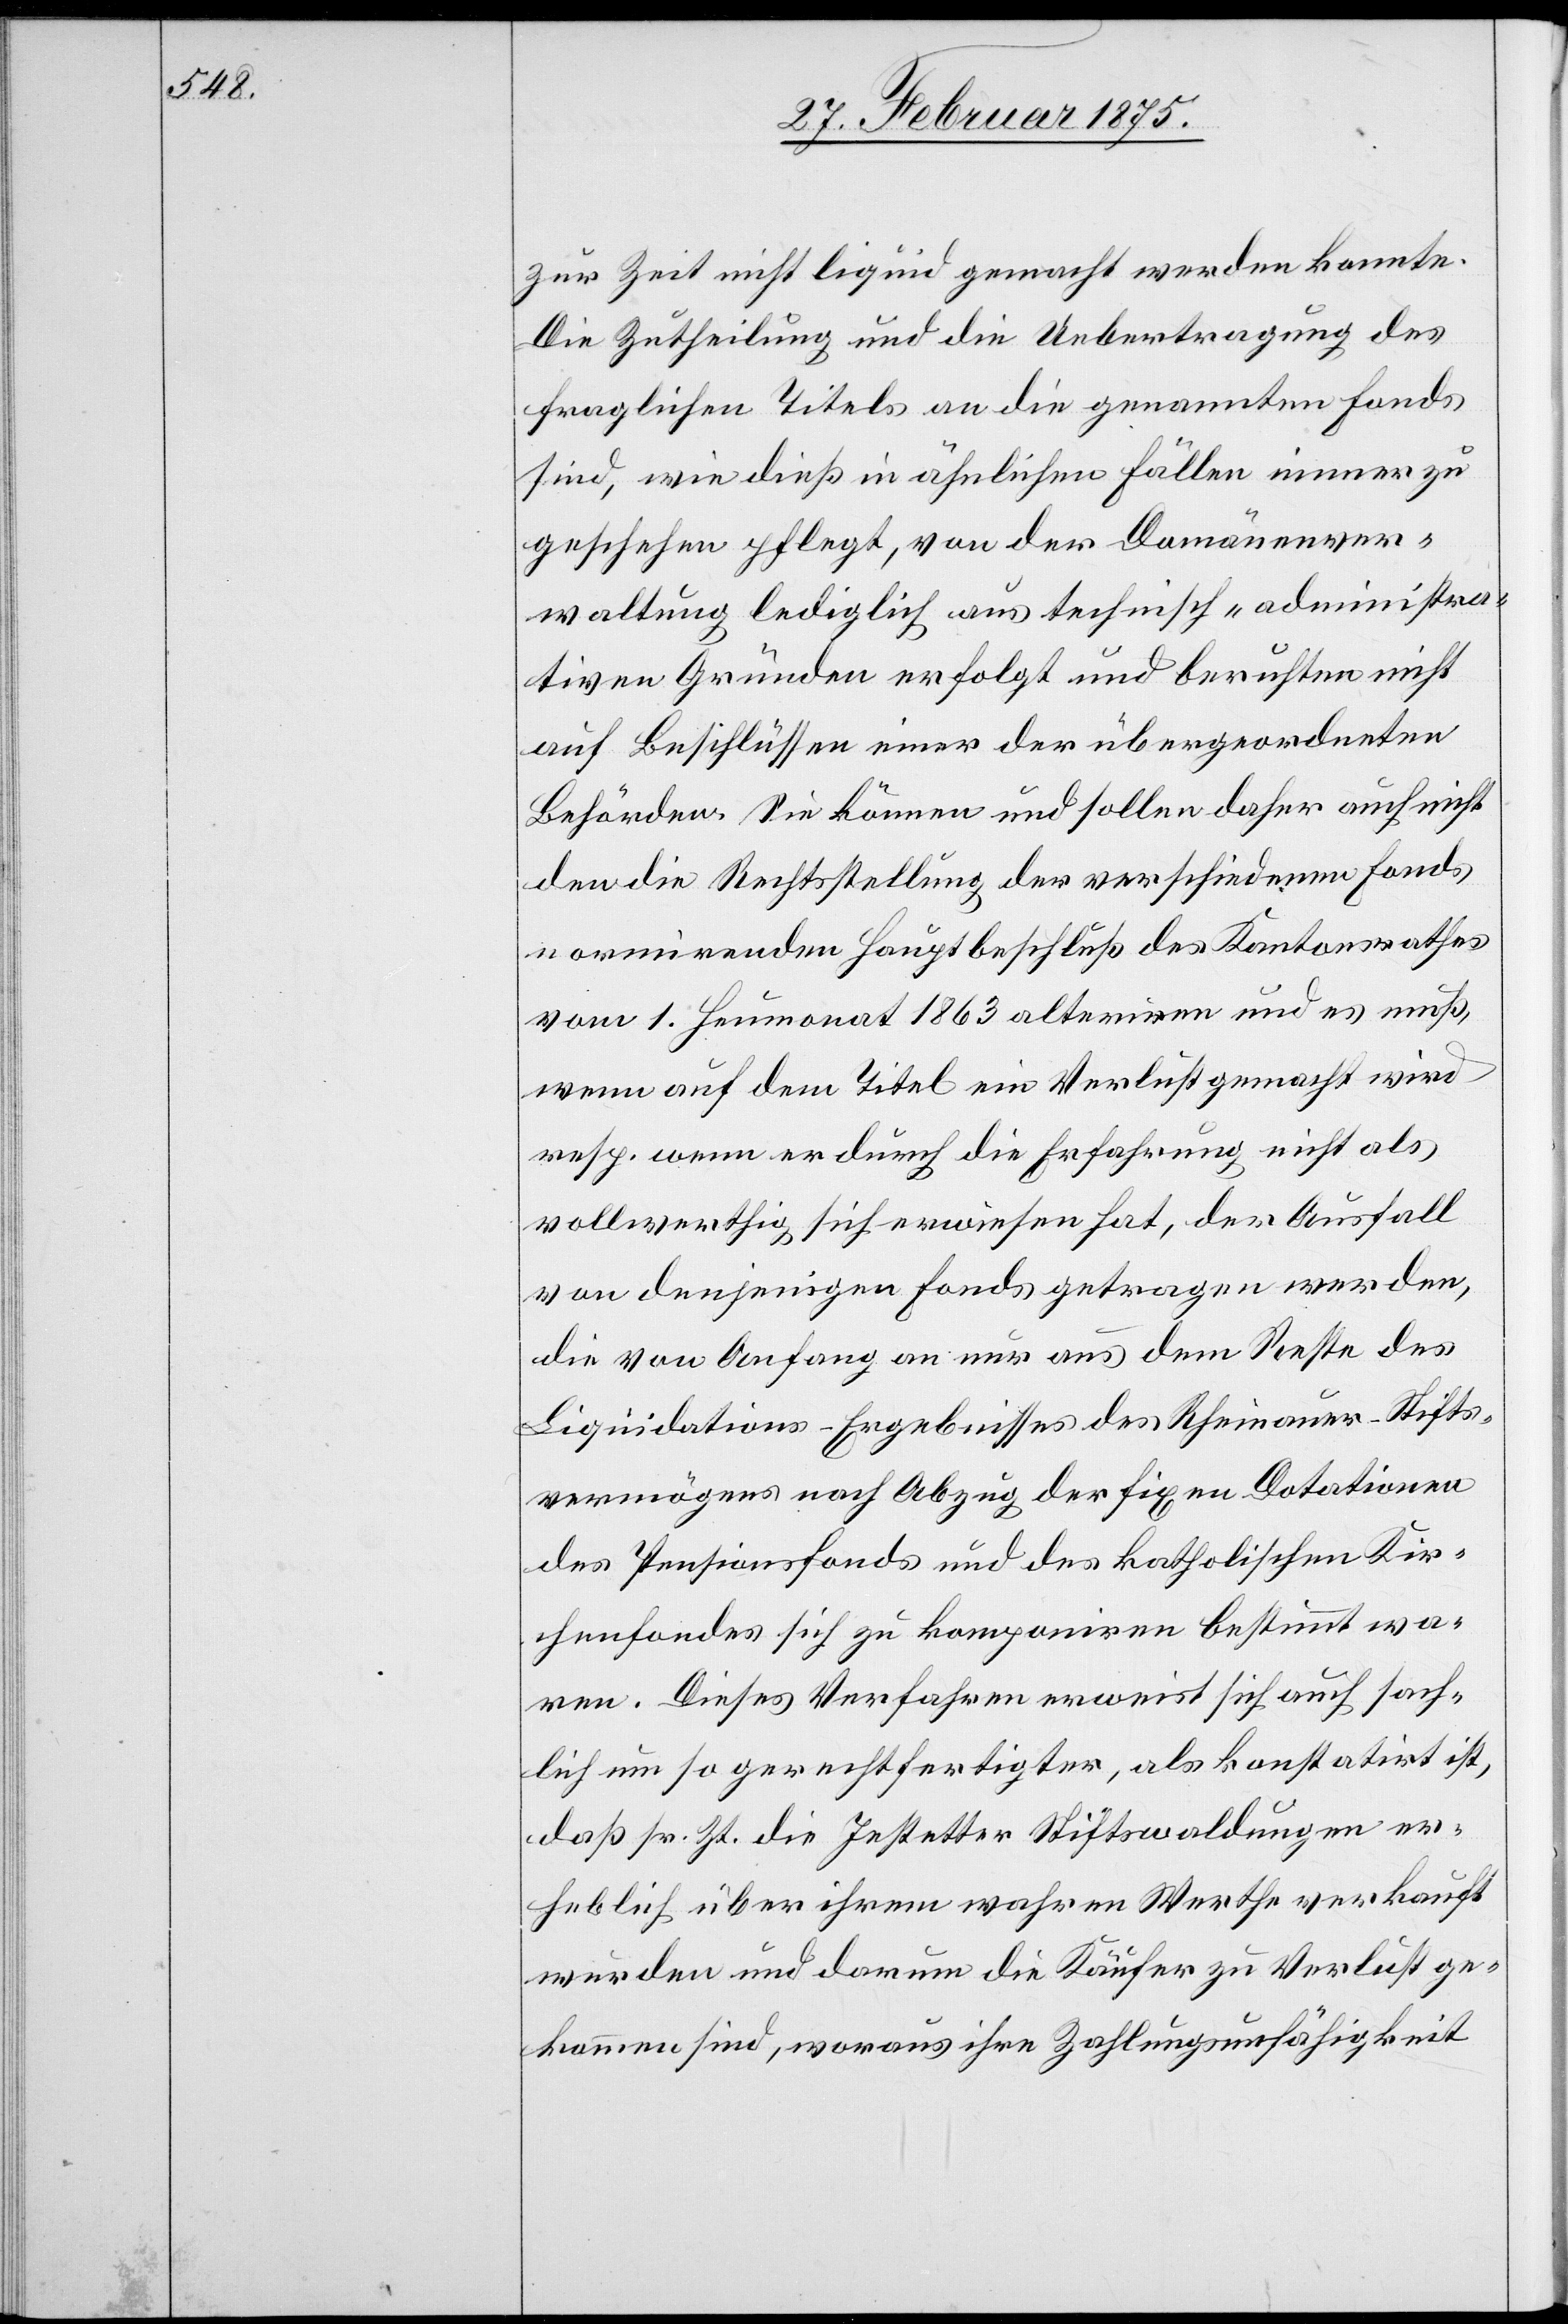
zur Zeit nicht liquid gemacht werden konnte.
Die Zutheilung und die Uebertragung des
fraglichen Titels an die genannten Fonds
sind, wie dieß in ähnlichen Fällen immer zu
geschehen pflegt, von der Domänenver¬
waltung lediglich aus technisch-administra¬
tiven Gründen erfolgt und beruhten nicht
auf Beschlüssen einer der übergeordneten
Behörden. Sie können und sollen daher auch nicht
den die Rechtsstellung der verschiedenen Fonds
normirenden Hauptbeschluß des Kantonsrathes
vom 1. Heumonat 1863 alterniren und es muß,
wenn auf dem Titel ein Verlust gemacht wird
resp. wenn er durch die Erfahrung nicht als
vollwerthig sich erwiesen hat, der Ausfall
von denjenigen Fonds getragen werden,
die von Anfang an nur aus dem Reste des
Liquidations-Ergebnisses des Rheinauer-Stifts¬
vermögens nach Abzug der fixen Dotationen
des Pensionsfonds und des katholischen Kir¬
chenfondes sich zu komponiren bestimmt wa¬
ren. Dieses Verfahren erweist sich auch sach¬
lich um so gerechtfertigter , als konstatirt ist,
daß sr. Zt. die Jestetter Stiftswaldungen er¬
heblich über ihrem wahren Werthe verkauft
wurden und darum die Käufer zu Verlust ge¬
kommen sind, worauf ihre Zahlungsunfähigkeit